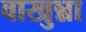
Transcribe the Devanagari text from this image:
वाखुन्ना